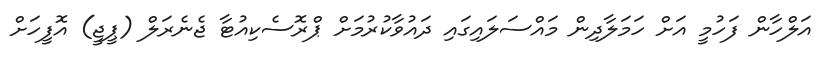
އަލްހާން ފަހުމީ އަށް ހަމަލާދިން މައްސަލައިގައި ދައުވާކުރުމަށް ޕްރޮސެކިއުޓާ ޖެނެރަލް (ޕީޖީ) އޮފީހަށް